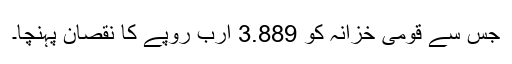
جس سے قومی خزانہ کو 3.889 ارب روپے کا نقصان پہنچا۔